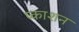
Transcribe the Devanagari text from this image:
प्काशन